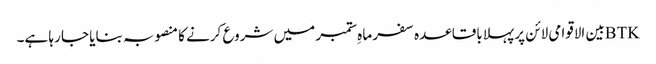
BTKبین الاقوامی لائن پر پہلا باقاعدہ سفر ماہِ ستمبر میں شروع کرنے کا منصوبہ بنایا جا رہا ہے۔